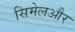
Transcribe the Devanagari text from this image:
सिमेलऔर